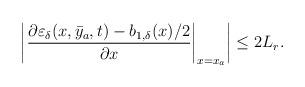
LaTeX: \begin{align*}\left|\left.\dfrac{\partial\varepsilon_\delta(x,\bar{y}_a,t)-b_{1,\delta}(x)/2}{\partial x}\right|_{x = x_a}\right| \le 2 L_r .\end{align*}